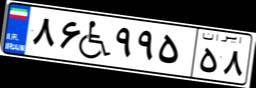
۸۶W۹۹۵۵۸